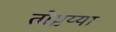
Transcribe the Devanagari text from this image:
तोष्टय्या